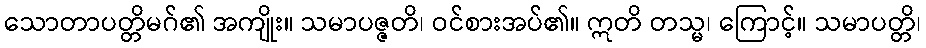
သောတာပတ္တိမဂ်၏ အကျိုး။ သမာပဇ္ဇတိ၊ ဝင်စားအပ်၏။ ဣတိ တသ္မ၊ ကြောင့်။ သမာပတ္တိ၊